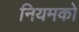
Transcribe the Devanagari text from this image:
नियमको